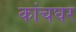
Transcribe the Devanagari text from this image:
कांचघर